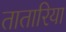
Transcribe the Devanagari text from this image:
तातारिया